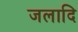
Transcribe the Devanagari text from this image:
जलादि